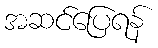
အဆင်ပြေရန်